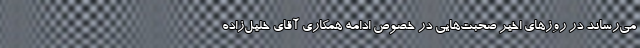
می‌رساند در روزهای اخیر صحبت‌هایی در خصوص ادامه همکاری آقای خلیل‌زاده